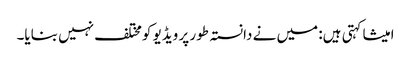
امیشا کہتی ہیں: میں نے دانستہ طور پر ویڈیو کومختلف نہیں بنایا۔